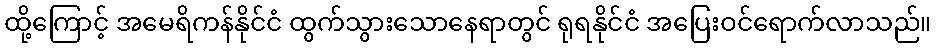
ထို့ကြောင့် အမေရိကန်နိုင်ငံ ထွက်သွားသောနေရာတွင် ရုရနိုင်ငံ အပြေးဝင်ရောက်လာသည်။